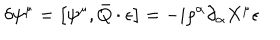
LaTeX: \delta \psi ^ { \mu } = \left[ \psi ^ { \mu } , \bar { Q } \cdot \epsilon \right] = - i \rho ^ { \alpha } \partial _ { \alpha } X ^ { \mu } \epsilon